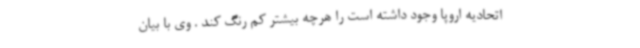
اتحادیه اروپا وجود داشته است را هرچه بیشتر کم رنگ کند . وی با بیان